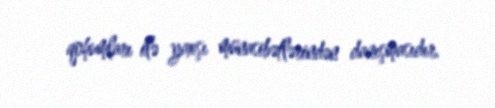
qohumları ilə yaxşı münasibətlərindən danışmasıdır.